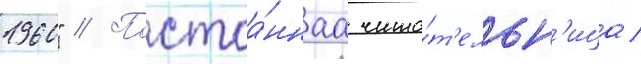
1960" // Постоа́ннаа чита́т'ельн'ица